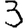
Digit: 3